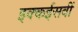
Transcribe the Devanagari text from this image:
इक्कईसवीं